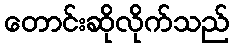
တောင်းဆိုလိုက်သည်